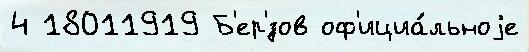
4 18011919 Б'ер'́зов оф'ициа́льноjе